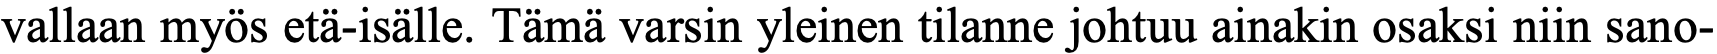
vallaan myös etä-isälle. Tämä varsin yleinen tilanne johtuu ainakin osaksi niin sano-